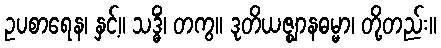
ဥပစာရေန၊ နှင့်။ သဒ္ဓိံ၊ တကွ။ ဒုတိယဇ္ဈာနဓမ္မာ၊ တို့တည်း။